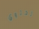
تحتوي